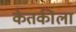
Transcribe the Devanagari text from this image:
केतकीला